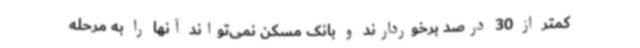
کمتر از 30 درصد برخوردارند و بانک مسکن نمی‌تواند آنها را به مرحله